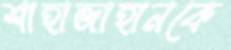
শাহাজাহানকে